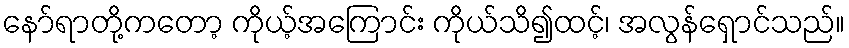
နော်ရာတို့ကတော့ ကိုယ့်အကြောင်း ကိုယ်သိ၍ထင့်၊ အလွန်ရှောင်သည်။